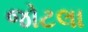
જોટલા